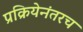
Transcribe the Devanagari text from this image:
प्रक्रियेनंतरच